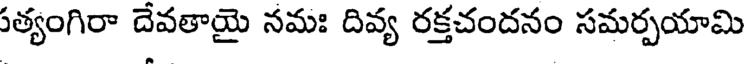
త్యంగిరా దేవతాయై నమః దివ్య రక్తచందనం సమర్పయామి